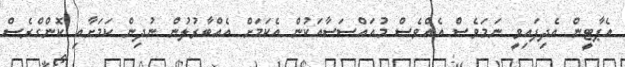
އެޕާޓީން އެދިފައިވީ ނަމަވެސް އެއްވެސް މުއައްސަސާއަކުން އެކަމަށް އެއްބާރުލުން ނުދިން ކަމަށާއި ކޮންގްރެސް